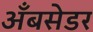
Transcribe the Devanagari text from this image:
अँबसेडर